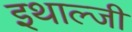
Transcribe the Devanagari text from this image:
इथाल्जी